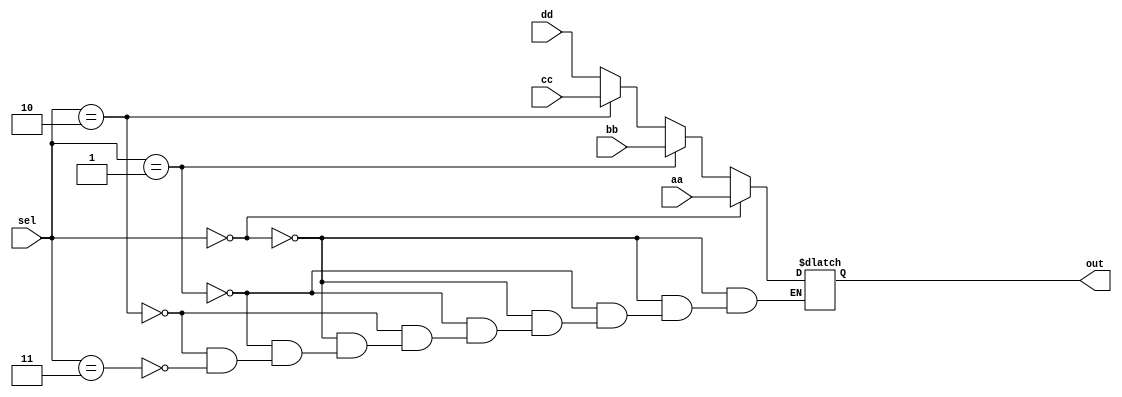


`timescale 1ns/1ns
module Mux(aa, bb, cc, dd, sel, out);
parameter n = 2;
input [n-1:0] aa, bb, cc, dd;
input [1:0]sel;
output reg [n-1:0] out;
always@* begin
if (sel == 2'b00)
    out = aa;
  else if (sel == 2'b01)
    out = bb;
  else  if (sel == 2'b10)
    out = cc;
  else  if (sel == 2'b11)
     out = dd;
     
     end
endmodule